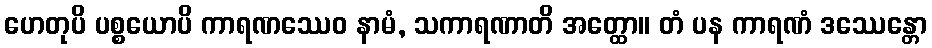
ဟေတုပိ ပစ္စယောပိ ကာရဏဿေဝ နာမံ, သကာရဏာတိ အတ္ထော။ တံ ပန ကာရဏံ ဒဿေန္တော